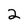
Character: 2